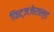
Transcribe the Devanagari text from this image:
फिट्जजेराल्ड